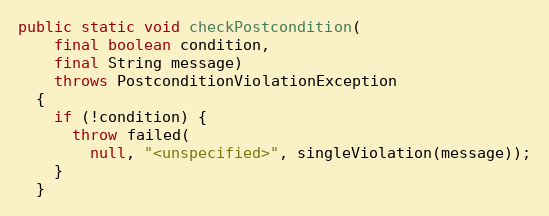
Language: Java
public static void checkPostcondition(
    final boolean condition,
    final String message)
    throws PostconditionViolationException
  {
    if (!condition) {
      throw failed(
        null, "<unspecified>", singleViolation(message));
    }
  }